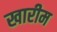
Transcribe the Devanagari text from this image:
खारीम